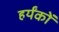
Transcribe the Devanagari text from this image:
हर्यंकों